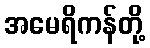
အမေရိကန်တို့